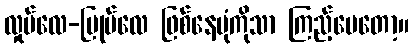
လှုပ်လေ-မြုပ်လေ ဖြစ်နေပုံကိုသာ ကြည့်ပေတော့။